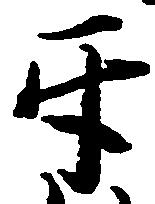
互